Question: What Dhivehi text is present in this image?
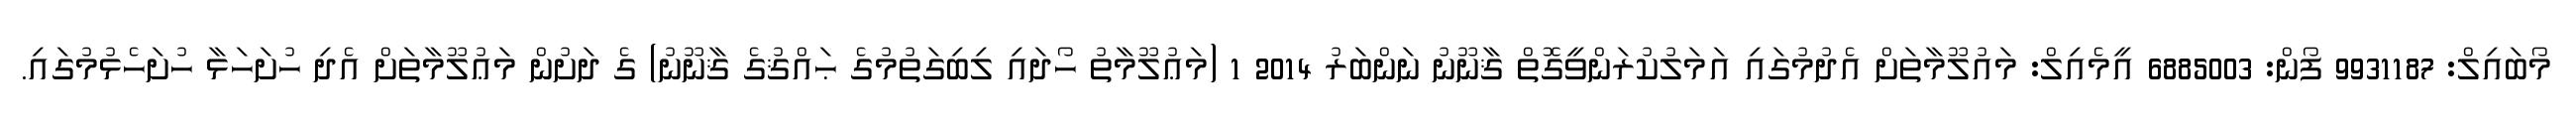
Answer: މޯބައިލް: 9931187 ފޯން: 6885003 އީމެއިލް: މައުލޫމާތަށް އެދުމުގައި އަމަލުކުރަންވީގޮތް ޤާނޫނު ނަންބަރު 2014 1 (މަޢުލޫމާތު ހޯދައި ލިބިގަތުމުގެ ޙައްޤުގެ ޤާނޫނު) ގެ ދަށުން މަޢުލޫމާތަށް އެދި ހުށަހަޅާ ހުށަހެޅުމުގައި.